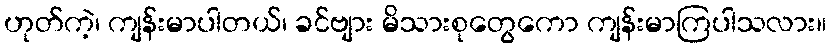
ဟုတ်ကဲ့၊ ကျန်းမာပါတယ်၊ ခင်ဗျား မိသားစုတွေကော ကျန်းမာကြပါသလား။